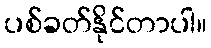
ပစ်ခတ်နိုင်တာပါ။